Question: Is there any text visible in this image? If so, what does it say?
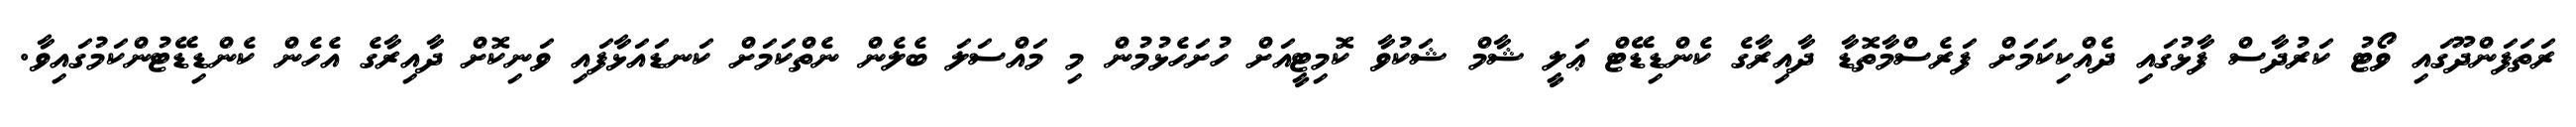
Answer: ރަތަފަންދޫގައި ވޯޓު ކަރުދާސް ފާޅުގައި ދެއްކިކަމަށް ފަރެސްމާތޮޑާ ދާއިރާގެ ކެންޑިޑޭޓް ޢަލީ ޝާމް ޝަކުވާ ކޮމިޓީއަށް ހުށަހެޅުމުން މި މައްސަލަ ބެލެން ނެތްކަމަށް ކަނޑައަޅާފައި ވަނިކޮށް ދާއިރާގެ އެހެން ކެންޑިޑޭޓުންކަމުގައިވާ.